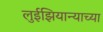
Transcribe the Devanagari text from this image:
लुईझियान्याच्या